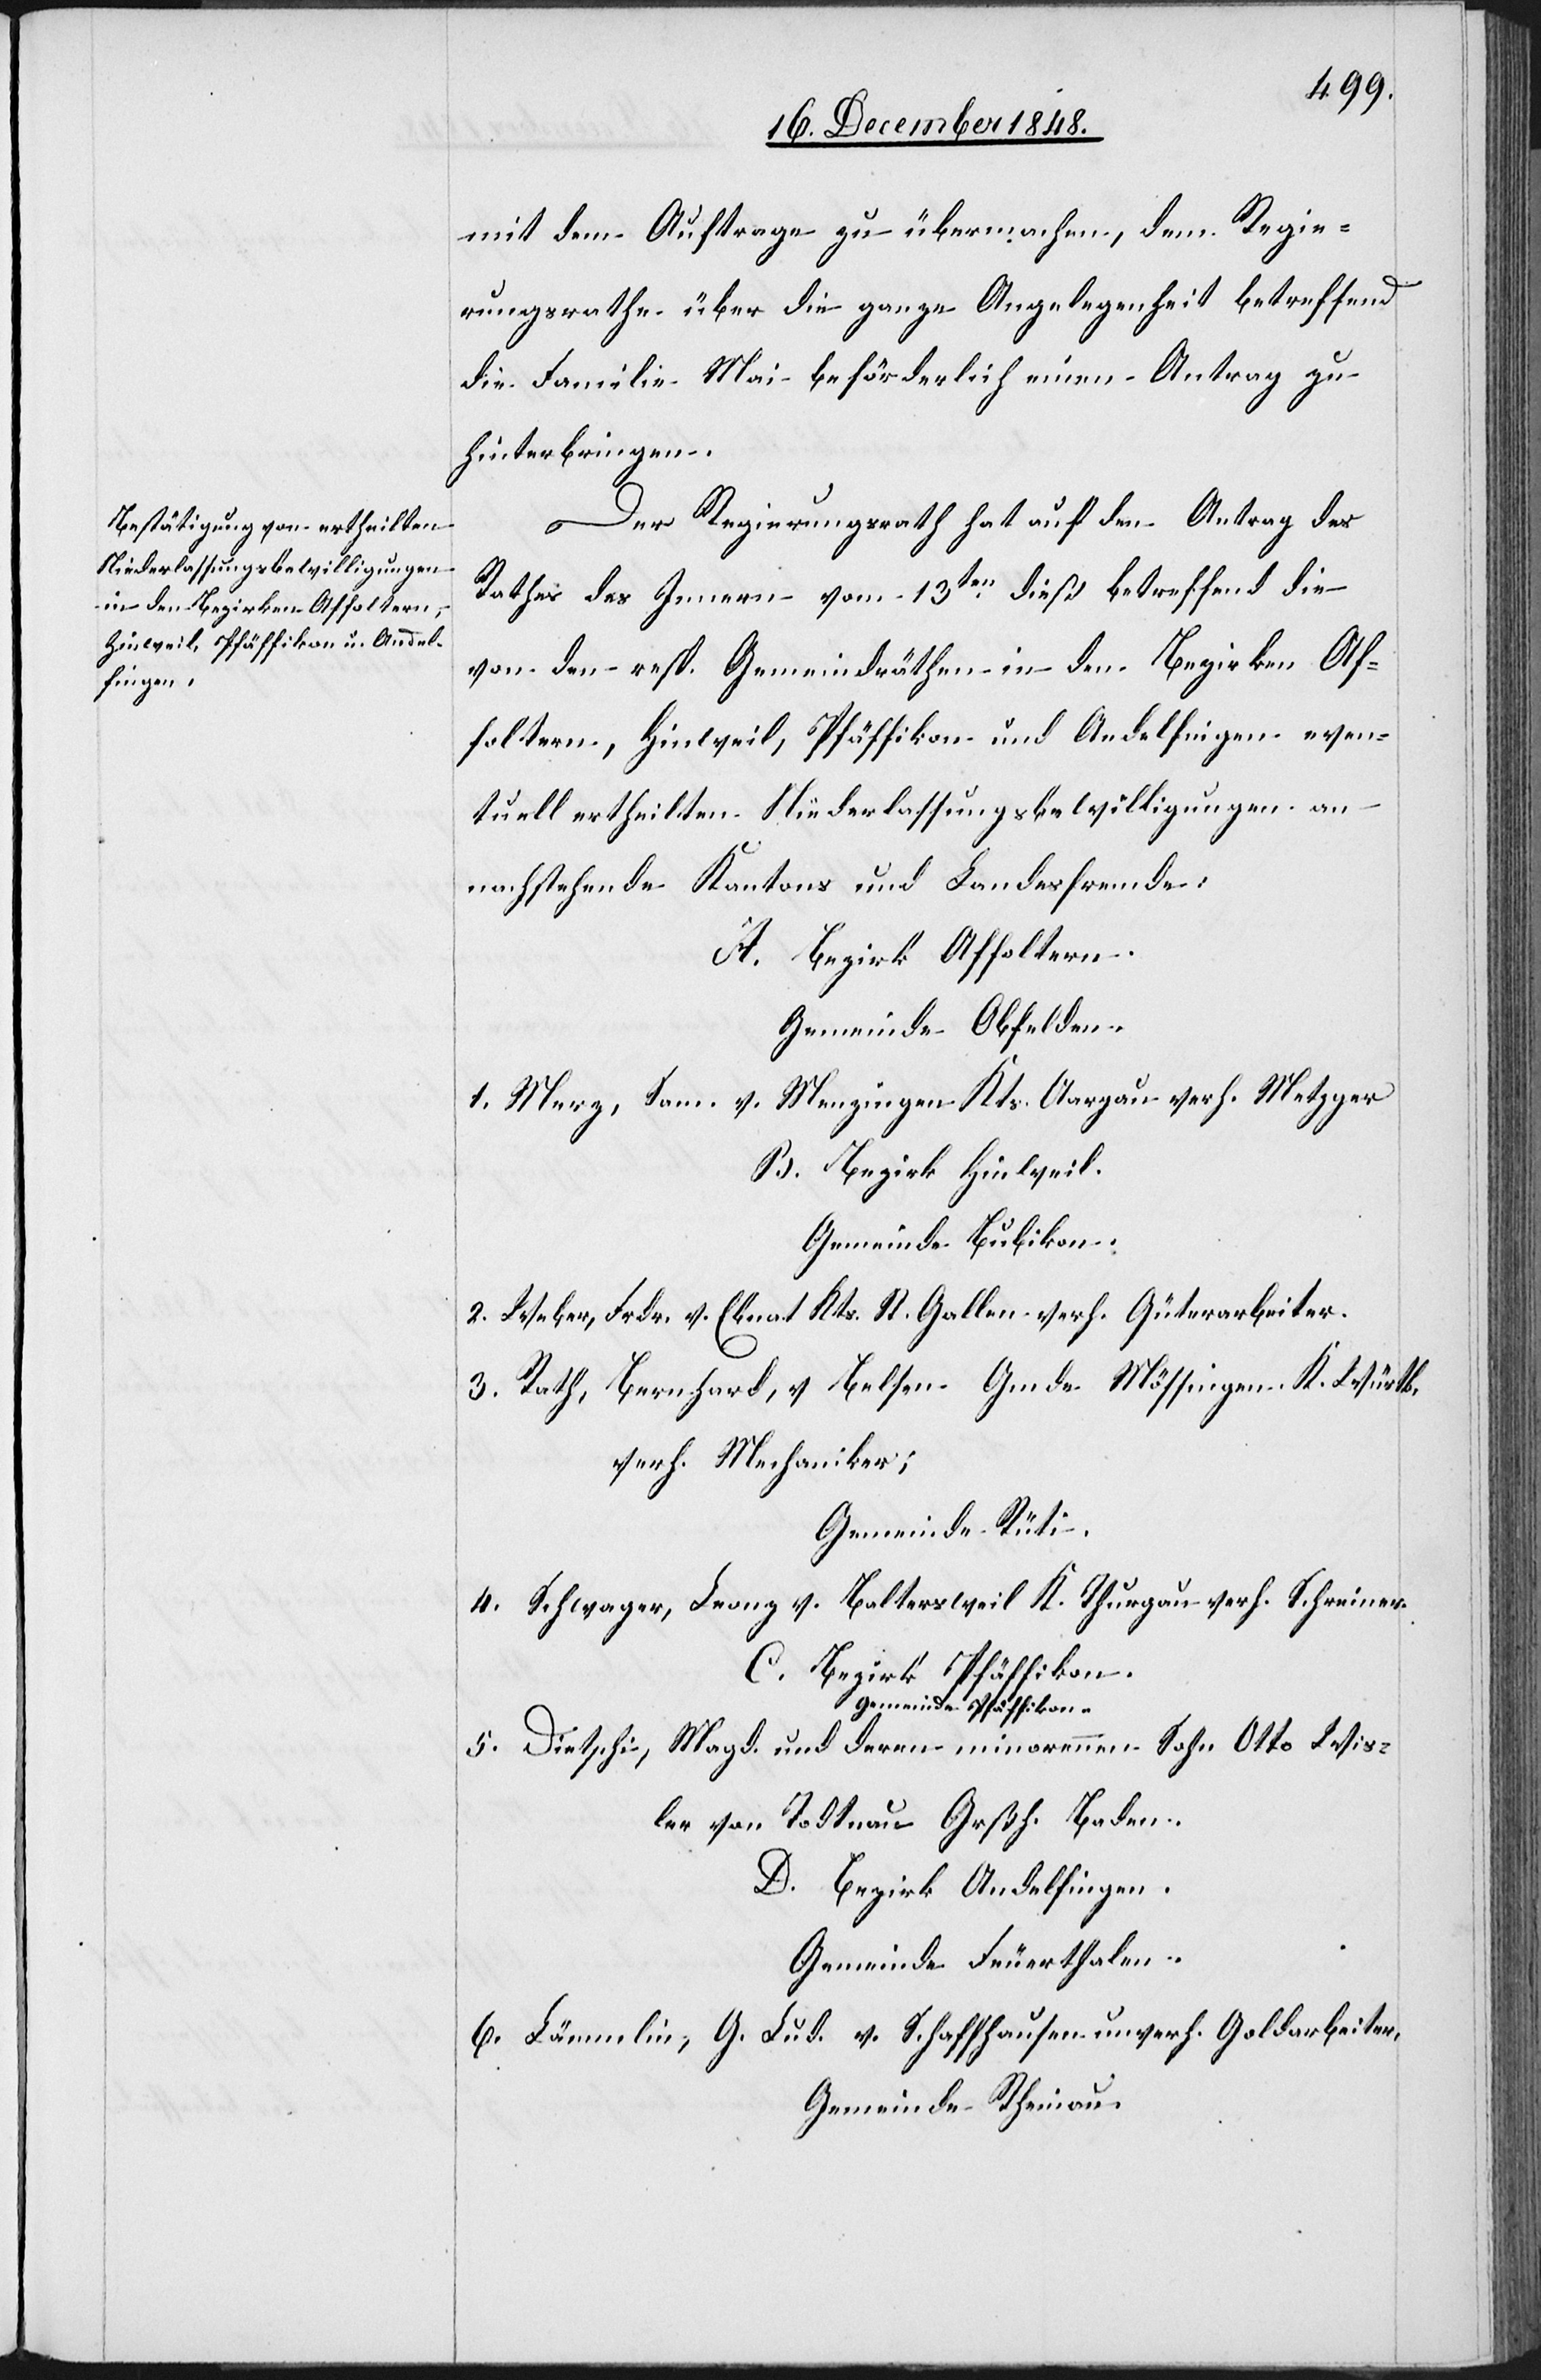
mit dem Auftrage zu übermachen, dem Regie¬
rungsrathe über die ganze Angelegenheit betreffend
die Familie Mai beförderlich einen Antrag zu
hinterbringen.
Der Regierungsrath hat auf den Antrag des
Rathes des Innern vom 13ten dieß betreffend die
von den resp. Gemeindräthen in den Bezirken Af¬
foltern, Hinweil, Pfäffikon und Andelfingen even¬
tuell ertheilten Niederlassungsbewilligungen an
nachstehende Kantons[-] und Landesfremde:
A. Bezirk Affoltern.
Gemeinde Obfelden.
1. Merz, Sam. v. Menzingen Kts. Aargau verh. Metzger
B. Bezirk Hinweil.
Gemeinde Bubikon.
2. Weber, Frdr. v. Ebnat Kts. St. Gallen verh. Güterarbeiter.
3. Rath, Bernhard, v. Belsen Gmde Mössingen K. Würtb.
verh. Mechaniker;
Gemeinde Rüti.
4. Schwager, Leonz v. Blatersweil K. Thurgau verh. Schreiner.
C. Bezirk Pfäffikon.
Gemeinde Pfäffikon.
5. Dietschi, Magd. und deren minorennen Sohn Otto Wis¬
ler von Todtnau Grßh. Baden.
D. Bezirk Andelfingen.
Gemeinde Feuerthalen.
6. Lämmlin, G. Lud. v. Schaffhausen unverh. Goldarbeiter,
Gemeinde Rheinau.